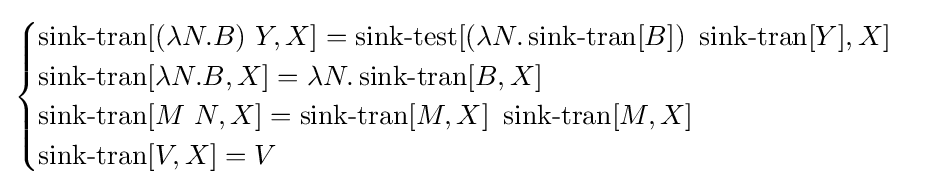
{\begin{cases}\operatorname {sink-tran} [(\lambda N.B)\ Y,X]=\operatorname {sink-test} [(\lambda N.\operatorname {sink-tran} [B])\ \operatorname {sink-tran} [Y],X]\\\operatorname {sink-tran} [\lambda N.B,X]=\lambda N.\operatorname {sink-tran} [B,X]\\\operatorname {sink-tran} [M\ N,X]=\operatorname {sink-tran} [M,X]\ \operatorname {sink-tran} [M,X]\\\operatorname {sink-tran} [V,X]=V\end{cases}}